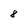
Character: 8